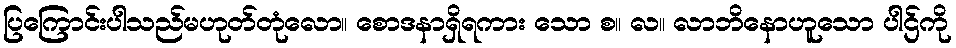
ပြကြောင်းပါသည်မဟုတ်တုံလော။ စောဒနာရှိရကား သော စ။ လ။ လာဘိနောဟူသော ပါဌ်ကို